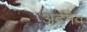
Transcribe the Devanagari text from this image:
अहमेव